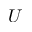
U